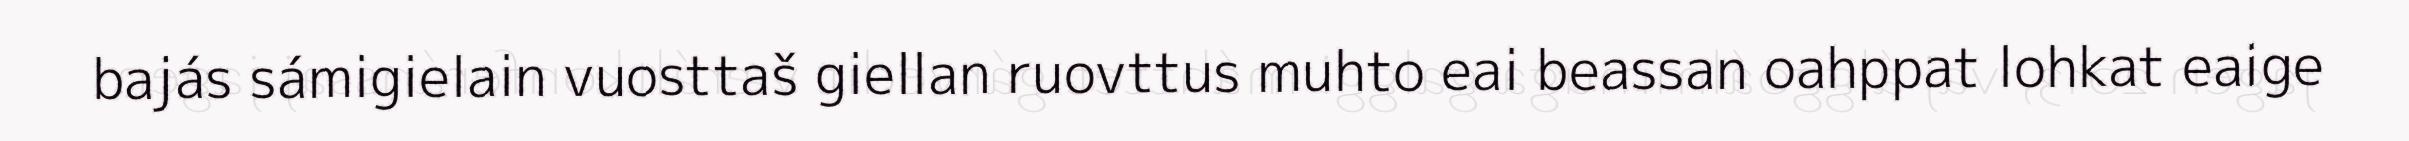
bajás sámigielain vuosttaš giellan ruovttus muhto eai beassan oahppat lohkat eaige